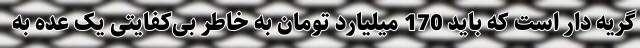
گریه دار است که باید 170 میلیارد تومان به خاطر بی‌کفایتی یک عده به